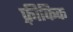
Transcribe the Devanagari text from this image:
फ़्रीकिक